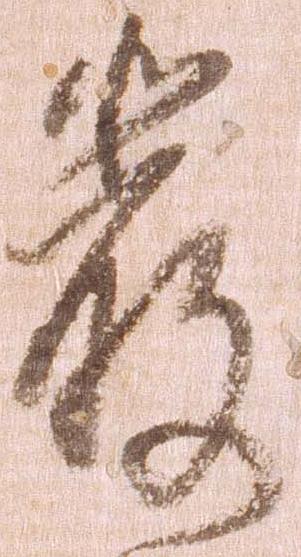
厳